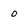
Character: 0